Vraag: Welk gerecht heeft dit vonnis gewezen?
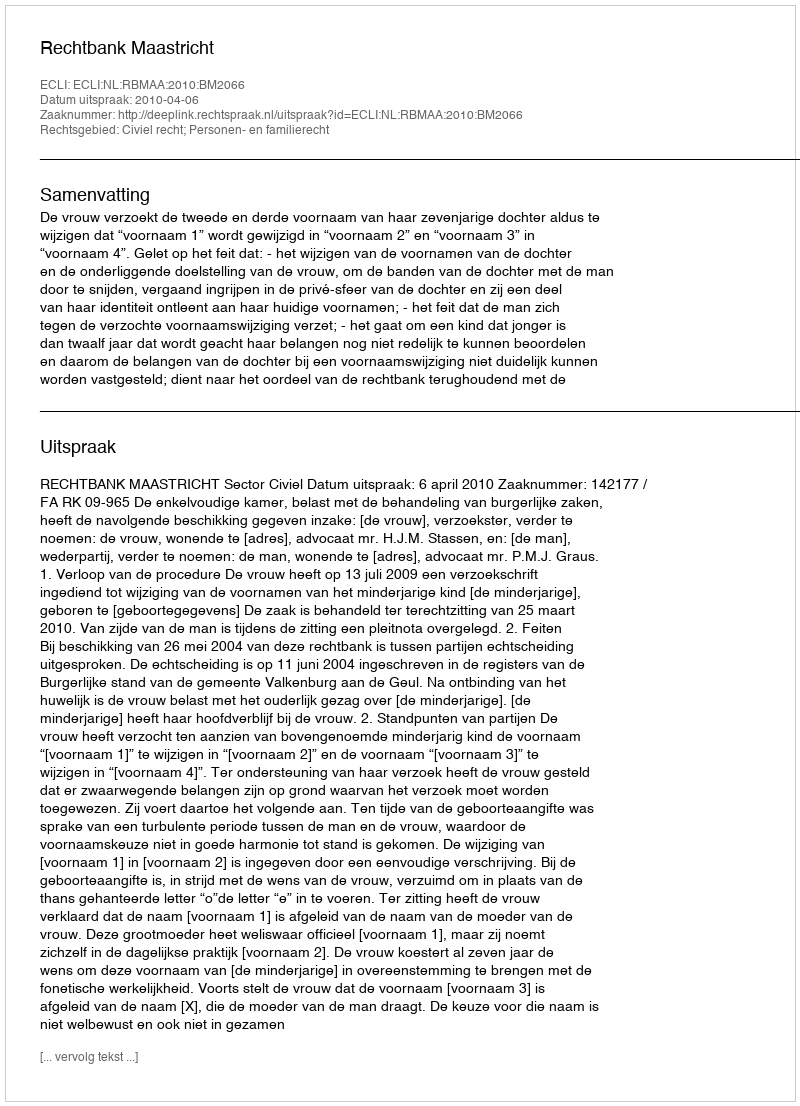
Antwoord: Rechtbank Maastricht